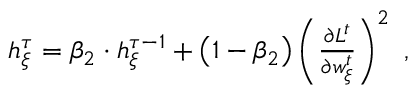
\begin{array} { r } { h _ { \xi } ^ { \tau } = \beta _ { 2 } \cdot h _ { \xi } ^ { \tau - 1 } + \left( 1 - \beta _ { 2 } \right) \left( \frac { \partial L ^ { t } } { \partial w _ { \xi } ^ { t } } \right) ^ { 2 } \ , } \end{array}